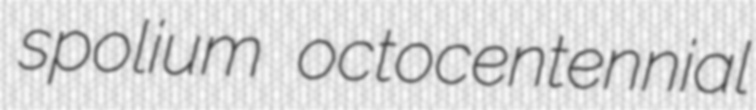
spolium octocentennial